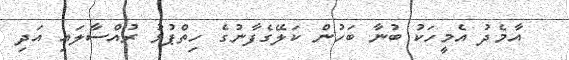
އާމެދު އެމީހަކު ބުނާ ބަހުން ކަލޭގެފާނުގެ ހިތްޕުޅު ރުއްސާލައި އަދި